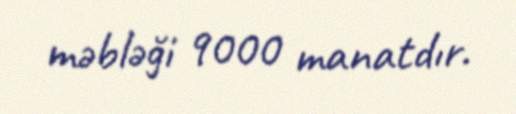
məbləği 9000 manatdır.